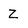
Character: Z